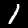
Label: 1